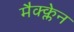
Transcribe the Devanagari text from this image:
मैक्क्लेन